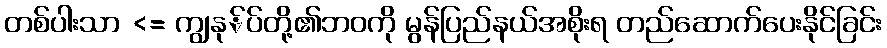
တစ်ပါးသာ <= ကျွနု်ပ်တို့၏ဘဝကို မွန်ပြည်နယ်အစိုးရ တည်ဆောက်ပေးနိုင်ခြင်း